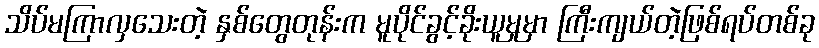
သိပ်မကြာလှသေးတဲ့ နှစ်တွေတုန်းက မူပိုင်ခွင့်ခိုးယူမှုမှာ ကြီးကျယ်တဲ့ဖြစ်ရပ်တစ်ခု